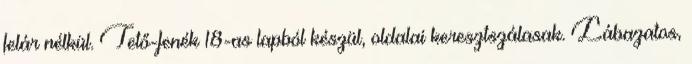
felár nélkül. Tető-fenék 18-as lapból készül, oldalai keresztszálasak. Lábazatos,